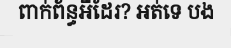
ពាក់ព័ន្ធអីដែរ? អត់ទេ បង